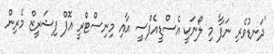
'ދަނޑުވެރި ނަފާ' މި ލޯނަކީ އެސްޑީއެފްސީ އާއި މިނިސްޓްރީ އޮފް ފިޝަރީޒް މެރިން